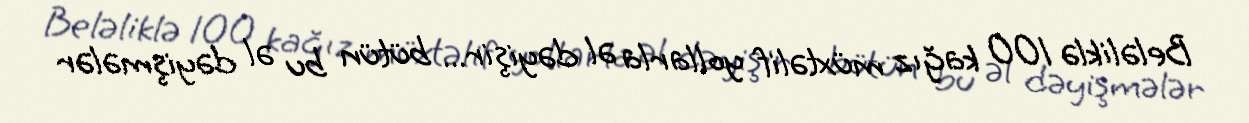
Beləliklə 100 kağız müxtəlif yollarla əl dəyişir... bütün bu əl dəyişmələr